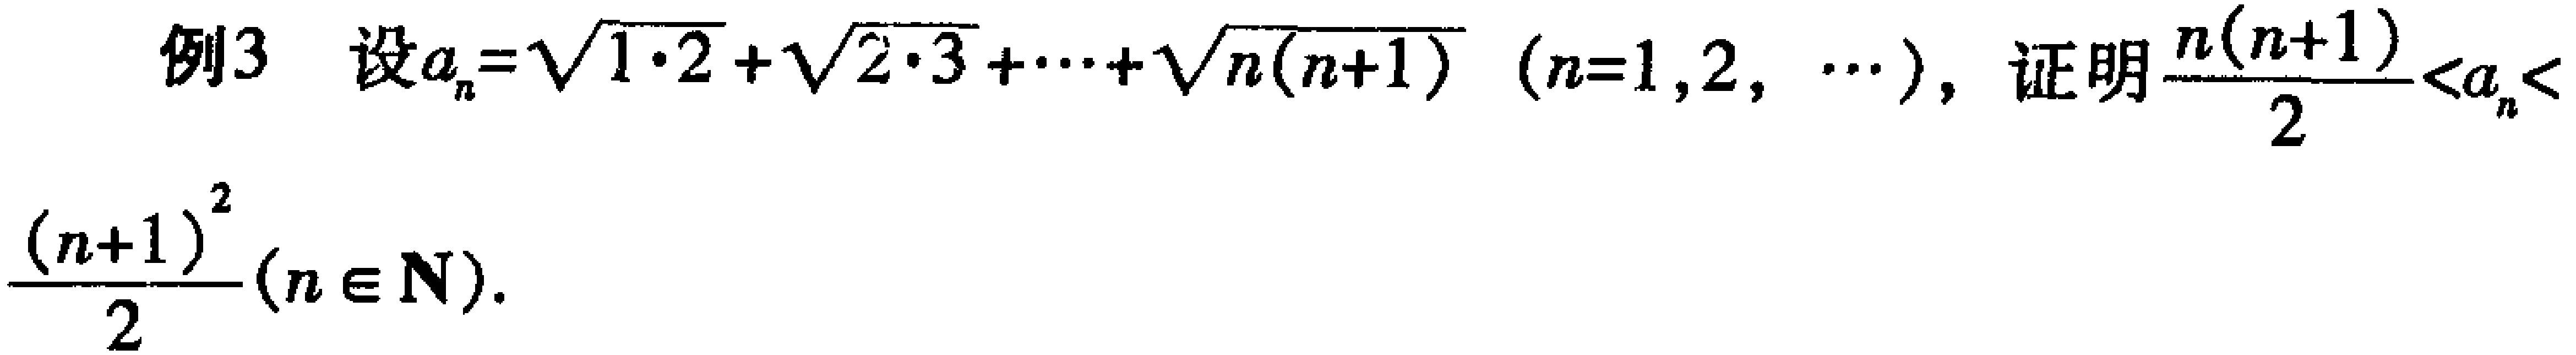
例3 设\(a_{n}=\sqrt{1\cdot2}+\sqrt{2\cdot3}+\cdots+\sqrt{n(n + 1)}\ (n = 1,2,\cdots)\)，证明\(\frac{n(n + 1)}{2}<a_{n}<\frac{(n + 1)^{2}}{2}(n\in\mathbf{N})\)。